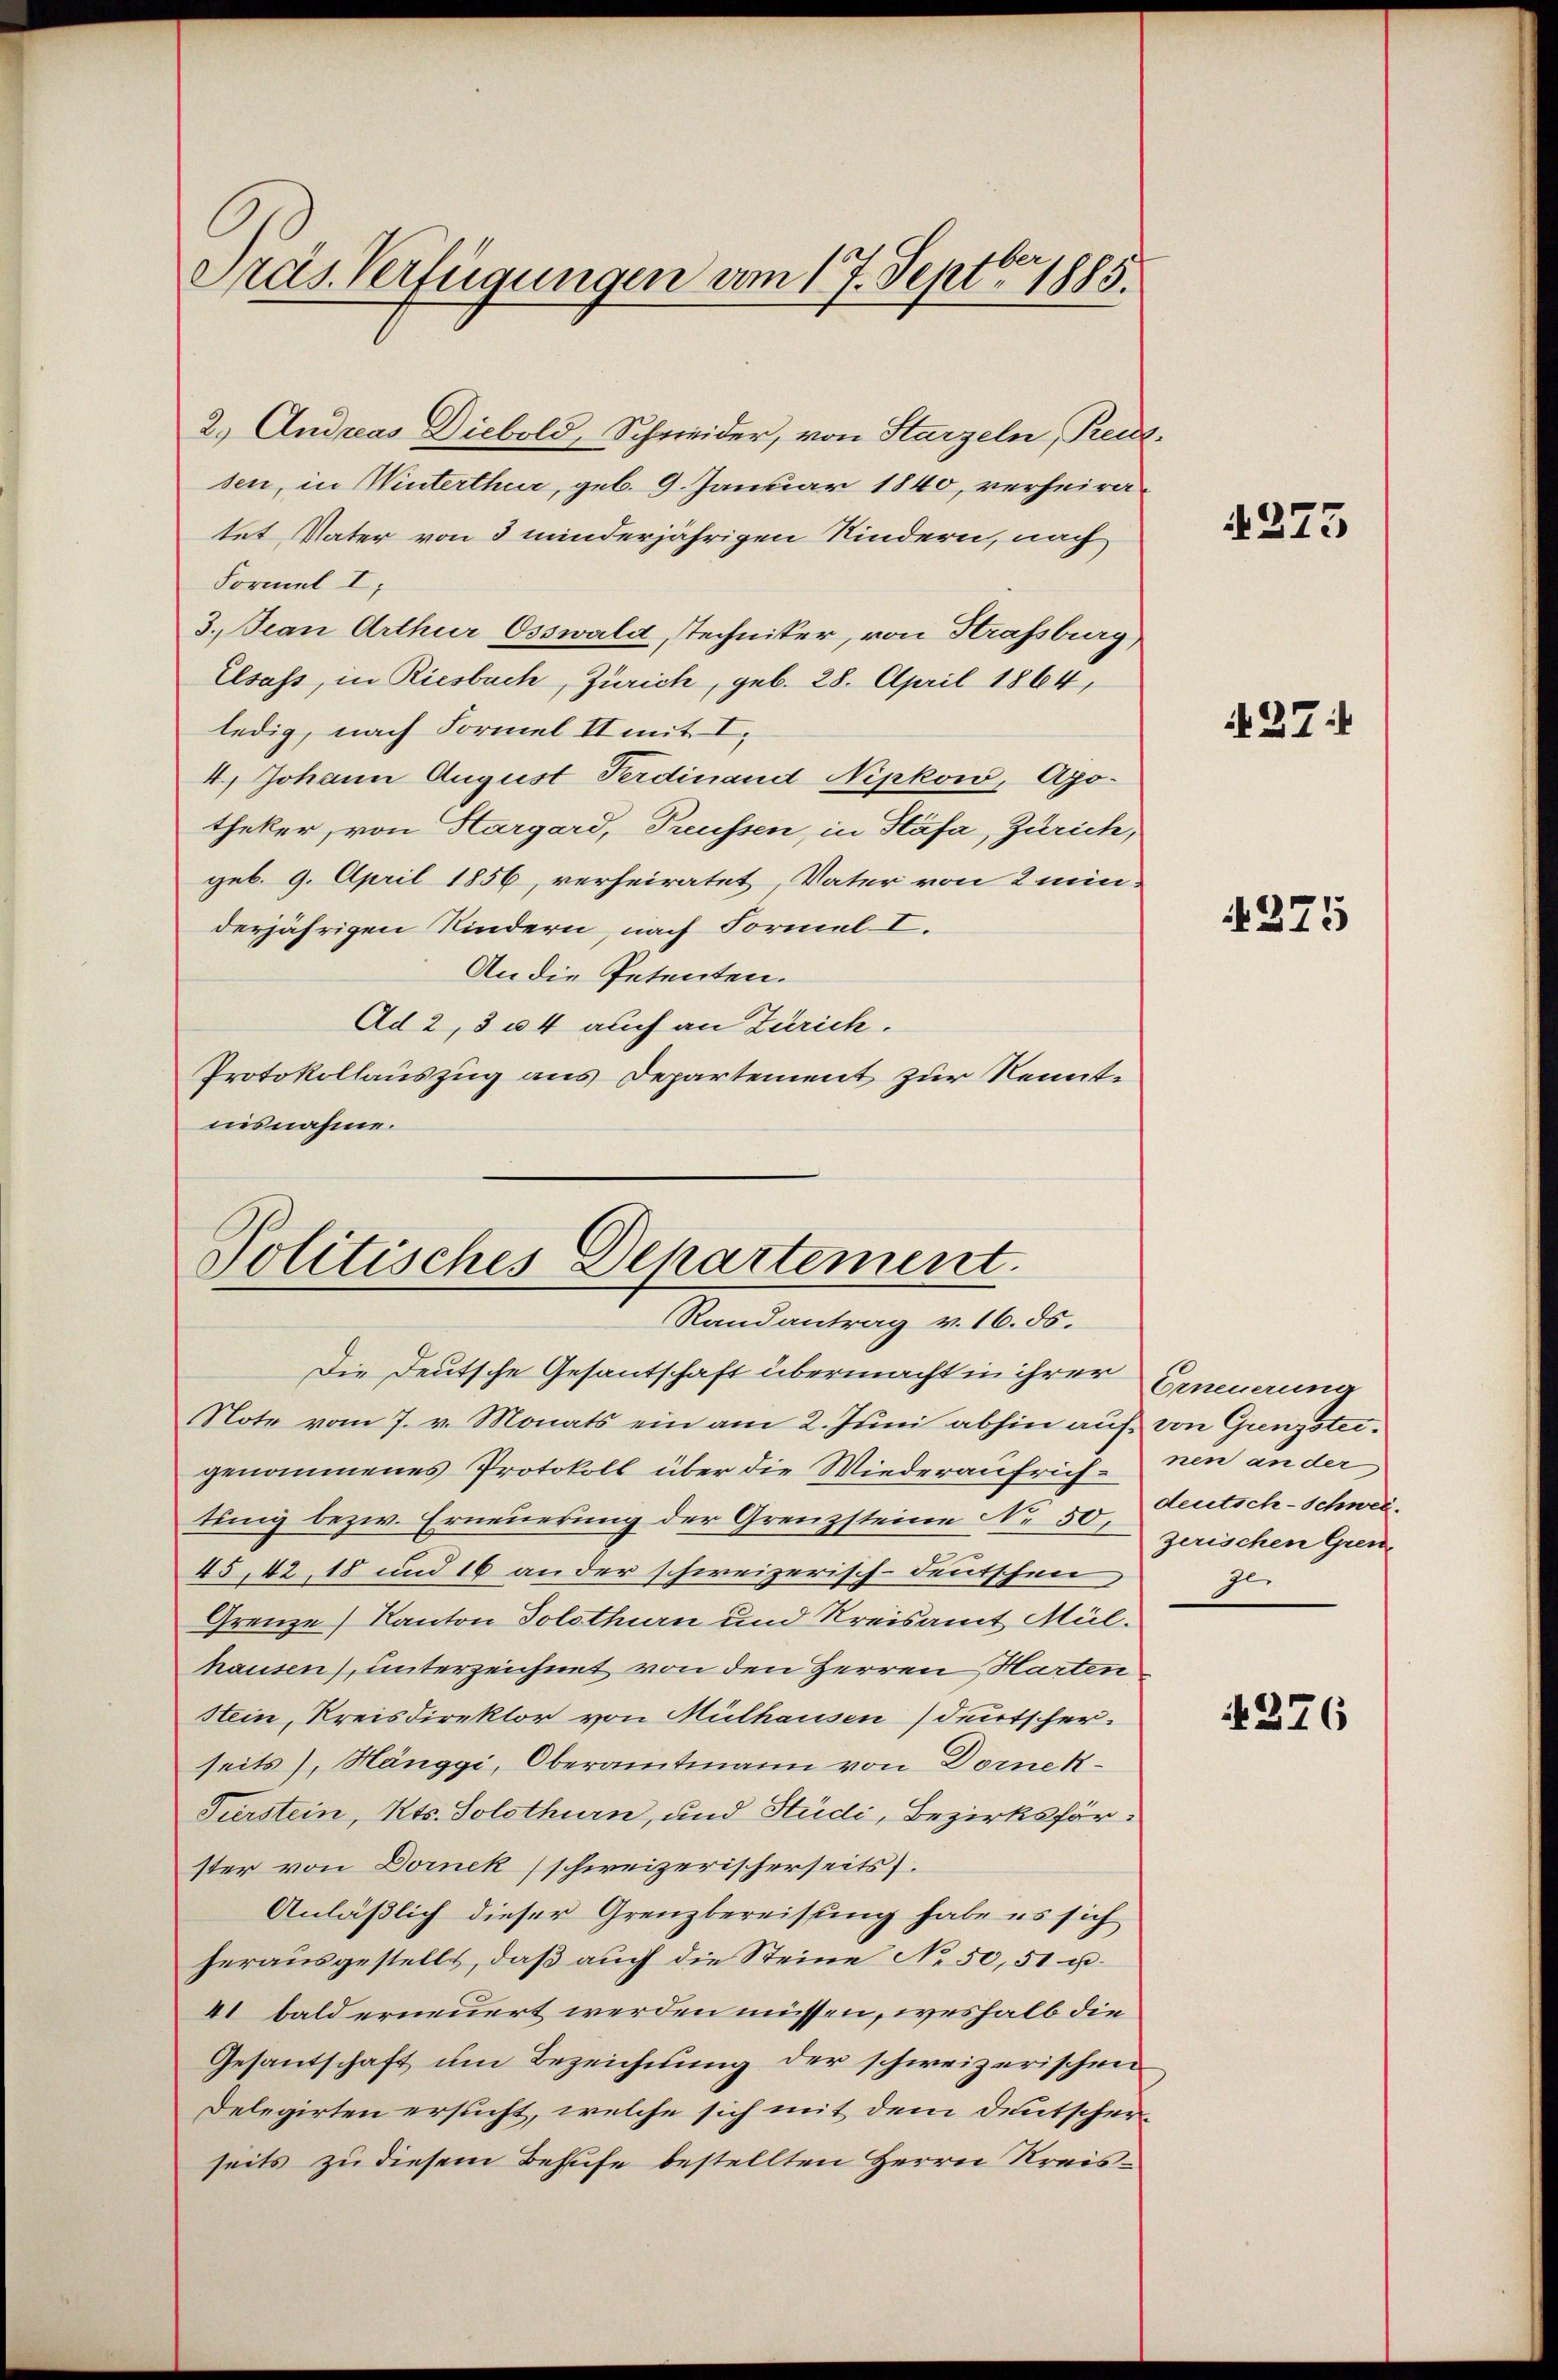
Präs. Verfügungen vom 17. Septbr 1885.

2.) Andreas Diebold, Schneider, von Starzeln, Rece
sen, in Winterthur, geb. 9. Januar 1840, verheiratet Vater von 3 minderjährigen Kindern, nach
Formel I
3. Jean Arthur Osswald, Techniker, von Strassberg
Elsass, in Riesbach, Zürich, geb. 28. April 1864,
ledig, nach Formel II mit I.
4.) Johann August Ferdinand Nipkow, Apo-
theker, von Hargard, Preussen, in Stäfa, Zürich,
geb. 9. April 1856, verheiratet, Vater von 2 min
derjährigen Kindern, nach Formel I.
An die Petenten.
Ad 2, 304 auch an Zürich.
Protokollauszug aus Departement zur Kenntnisnahme.

Politisches Departement.
Randantrag v. 16. ds.

Die Deutsche Gesantschaft übermacht in ihrer Erneuerung
Note vom 7. v. Monats ein am 2. Juni abhin auf von Grenzsteigenommenes Protokoll über die Wiederaufrich- um an der
tung bezw. Erneuerung der Grenzsteine No. 50, Deutsch-Schwei¬
45,42, 18 und 16 an der schweizerisch-deutschen,
Grenze) Kanton Solothurn und Kreisamt Mülhausen), unterzeichnet von den Herren Harten
Stein, Kreisdirektor von Mülhausen) deutscher.
seits), Hänggi, Oberamtmann von Dornek
Fürstein, Kts. Solothurn, und Studi, Bezirksförster von Dornek (schweizerischerseits.
Anläßlich dieser Grenzbereisung habe es sich
herausgestellt, daß auch die Steine No 50, 51 u.
41 bald erneuert werden müssen, weshalb die
Gesantschaft um Bezeichnung der schweizerischen
Delegirten ersucht, welche sich mit dem Deutscherseits zu diesem Behufe bestellten Herrn Kreis¬

.

273

27:

4275

zerischen Grenze

N 376